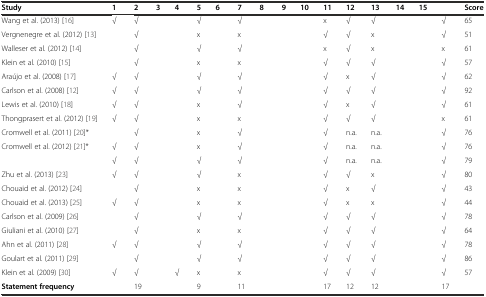
<table><thead><tr><td><b>Study</b></td><td><b>1</b></td><td><b>2</b></td><td><b>3</b></td><td><b>4</b></td><td><b>5</b></td><td><b>6</b></td><td><b>7</b></td><td><b>8</b></td><td><b>9</b></td><td><b>10</b></td><td><b>11</b></td><td><b>12</b></td><td><b>13</b></td><td><b>14</b></td><td><b>15</b></td><td>[EMPTY_CELL]</td><td><b>Score</b></td></tr></thead><tbody><tr><td>Wang et al. (2013) [16]</td><td>√</td><td>√</td><td>[EMPTY_CELL]</td><td>[EMPTY_CELL]</td><td>√</td><td>[EMPTY_CELL]</td><td>√</td><td>[EMPTY_CELL]</td><td>[EMPTY_CELL]</td><td>[EMPTY_CELL]</td><td>x</td><td>√</td><td>√</td><td>[EMPTY_CELL]</td><td>[EMPTY_CELL]</td><td>√</td><td>65</td></tr><tr><td>Vergnenegre et al. (2012) [13]</td><td>[EMPTY_CELL]</td><td>√</td><td>[EMPTY_CELL]</td><td>[EMPTY_CELL]</td><td>x</td><td>[EMPTY_CELL]</td><td>x</td><td>[EMPTY_CELL]</td><td>[EMPTY_CELL]</td><td>[EMPTY_CELL]</td><td>√</td><td>√</td><td>x</td><td>[EMPTY_CELL]</td><td>[EMPTY_CELL]</td><td>√</td><td>51</td></tr><tr><td>Walleser et al. (2012) [14]</td><td>[EMPTY_CELL]</td><td>√</td><td>[EMPTY_CELL]</td><td>[EMPTY_CELL]</td><td>√</td><td>[EMPTY_CELL]</td><td>√</td><td>[EMPTY_CELL]</td><td>[EMPTY_CELL]</td><td>[EMPTY_CELL]</td><td>x</td><td>√</td><td>x</td><td>[EMPTY_CELL]</td><td>[EMPTY_CELL]</td><td>x</td><td>61</td></tr><tr><td>Klein et al. (2010) [15]</td><td>[EMPTY_CELL]</td><td>√</td><td>[EMPTY_CELL]</td><td>[EMPTY_CELL]</td><td>x</td><td>[EMPTY_CELL]</td><td>x</td><td>[EMPTY_CELL]</td><td>[EMPTY_CELL]</td><td>[EMPTY_CELL]</td><td>√</td><td>√</td><td>√</td><td>[EMPTY_CELL]</td><td>[EMPTY_CELL]</td><td>√</td><td>57</td></tr><tr><td>Araújo et al. (2008) [17]</td><td>√</td><td>√</td><td>[EMPTY_CELL]</td><td>[EMPTY_CELL]</td><td>√</td><td>[EMPTY_CELL]</td><td>√</td><td>[EMPTY_CELL]</td><td>[EMPTY_CELL]</td><td>[EMPTY_CELL]</td><td>√</td><td>x</td><td>√</td><td>[EMPTY_CELL]</td><td>[EMPTY_CELL]</td><td>√</td><td>62</td></tr><tr><td>Carlson et al. (2008) [12]</td><td>√</td><td>√</td><td>[EMPTY_CELL]</td><td>[EMPTY_CELL]</td><td>√</td><td>[EMPTY_CELL]</td><td>√</td><td>[EMPTY_CELL]</td><td>[EMPTY_CELL]</td><td>[EMPTY_CELL]</td><td>√</td><td>√</td><td>√</td><td>[EMPTY_CELL]</td><td>[EMPTY_CELL]</td><td>√</td><td>92</td></tr><tr><td>Lewis et al. (2010) [18]</td><td>√</td><td>√</td><td>[EMPTY_CELL]</td><td>[EMPTY_CELL]</td><td>x</td><td>[EMPTY_CELL]</td><td>√</td><td>[EMPTY_CELL]</td><td>[EMPTY_CELL]</td><td>[EMPTY_CELL]</td><td>√</td><td>x</td><td>√</td><td>[EMPTY_CELL]</td><td>[EMPTY_CELL]</td><td>√</td><td>61</td></tr><tr><td>Thongprasert et al. (2012) [19]</td><td>√</td><td>√</td><td>[EMPTY_CELL]</td><td>[EMPTY_CELL]</td><td>x</td><td>[EMPTY_CELL]</td><td>x</td><td>[EMPTY_CELL]</td><td>[EMPTY_CELL]</td><td>[EMPTY_CELL]</td><td>√</td><td>√</td><td>√</td><td>[EMPTY_CELL]</td><td>[EMPTY_CELL]</td><td>x</td><td>61</td></tr><tr><td>Cromwell et al. (2011) [20]*</td><td>[EMPTY_CELL]</td><td>√</td><td>[EMPTY_CELL]</td><td>[EMPTY_CELL]</td><td>x</td><td>[EMPTY_CELL]</td><td>√</td><td>[EMPTY_CELL]</td><td>[EMPTY_CELL]</td><td>[EMPTY_CELL]</td><td>√</td><td>n.a.</td><td>n.a.</td><td>[EMPTY_CELL]</td><td>[EMPTY_CELL]</td><td>√</td><td>76</td></tr><tr><td>Cromwell et al. (2012) [21]*</td><td>√</td><td>√</td><td>[EMPTY_CELL]</td><td>[EMPTY_CELL]</td><td>x</td><td>[EMPTY_CELL]</td><td>√</td><td>[EMPTY_CELL]</td><td>[EMPTY_CELL]</td><td>[EMPTY_CELL]</td><td>√</td><td>n.a.</td><td>n.a.</td><td>[EMPTY_CELL]</td><td>[EMPTY_CELL]</td><td>√</td><td>76</td></tr><tr><td>[EMPTY_CELL]</td><td>√</td><td>√</td><td>[EMPTY_CELL]</td><td>[EMPTY_CELL]</td><td>√</td><td>[EMPTY_CELL]</td><td>√</td><td>[EMPTY_CELL]</td><td>[EMPTY_CELL]</td><td>[EMPTY_CELL]</td><td>√</td><td>n.a.</td><td>n.a.</td><td>[EMPTY_CELL]</td><td>[EMPTY_CELL]</td><td>√</td><td>79</td></tr><tr><td>Zhu et al. (2013) [23]</td><td>√</td><td>√</td><td>[EMPTY_CELL]</td><td>[EMPTY_CELL]</td><td>√</td><td>[EMPTY_CELL]</td><td>x</td><td>[EMPTY_CELL]</td><td>[EMPTY_CELL]</td><td>[EMPTY_CELL]</td><td>√</td><td>√</td><td>x</td><td>[EMPTY_CELL]</td><td>[EMPTY_CELL]</td><td>√</td><td>80</td></tr><tr><td>Chouaid et al. (2012) [24]</td><td>[EMPTY_CELL]</td><td>√</td><td>[EMPTY_CELL]</td><td>[EMPTY_CELL]</td><td>x</td><td>[EMPTY_CELL]</td><td>x</td><td>[EMPTY_CELL]</td><td>[EMPTY_CELL]</td><td>[EMPTY_CELL]</td><td>√</td><td>x</td><td>√</td><td>[EMPTY_CELL]</td><td>[EMPTY_CELL]</td><td>√</td><td>43</td></tr><tr><td>Chouaid et al. (2013) [25]</td><td>√</td><td>√</td><td>[EMPTY_CELL]</td><td>[EMPTY_CELL]</td><td>x</td><td>[EMPTY_CELL]</td><td>x</td><td>[EMPTY_CELL]</td><td>[EMPTY_CELL]</td><td>[EMPTY_CELL]</td><td>√</td><td>x</td><td>x</td><td>[EMPTY_CELL]</td><td>[EMPTY_CELL]</td><td>√</td><td>44</td></tr><tr><td>Carlson et al. (2009) [26]</td><td>[EMPTY_CELL]</td><td>√</td><td>[EMPTY_CELL]</td><td>[EMPTY_CELL]</td><td>√</td><td>[EMPTY_CELL]</td><td>√</td><td>[EMPTY_CELL]</td><td>[EMPTY_CELL]</td><td>[EMPTY_CELL]</td><td>√</td><td>√</td><td>√</td><td>[EMPTY_CELL]</td><td>[EMPTY_CELL]</td><td>√</td><td>78</td></tr><tr><td>Giuliani et al. (2010) [27]</td><td>[EMPTY_CELL]</td><td>√</td><td>[EMPTY_CELL]</td><td>[EMPTY_CELL]</td><td>x</td><td>[EMPTY_CELL]</td><td>x</td><td>[EMPTY_CELL]</td><td>[EMPTY_CELL]</td><td>[EMPTY_CELL]</td><td>√</td><td>√</td><td>√</td><td>[EMPTY_CELL]</td><td>[EMPTY_CELL]</td><td>√</td><td>64</td></tr><tr><td>Ahn et al. (2011) [28]</td><td>√</td><td>√</td><td>[EMPTY_CELL]</td><td>[EMPTY_CELL]</td><td>√</td><td>[EMPTY_CELL]</td><td>√</td><td>[EMPTY_CELL]</td><td>[EMPTY_CELL]</td><td>[EMPTY_CELL]</td><td>√</td><td>√</td><td>√</td><td>[EMPTY_CELL]</td><td>[EMPTY_CELL]</td><td>√</td><td>78</td></tr><tr><td>Goulart et al. (2011) [29]</td><td>[EMPTY_CELL]</td><td>√</td><td>[EMPTY_CELL]</td><td>[EMPTY_CELL]</td><td>√</td><td>[EMPTY_CELL]</td><td>√</td><td>[EMPTY_CELL]</td><td>[EMPTY_CELL]</td><td>[EMPTY_CELL]</td><td>√</td><td>√</td><td>√</td><td>[EMPTY_CELL]</td><td>[EMPTY_CELL]</td><td>√</td><td>86</td></tr><tr><td>Klein et al. (2009) [30]</td><td>√</td><td>√</td><td>[EMPTY_CELL]</td><td>√</td><td>x</td><td>[EMPTY_CELL]</td><td>x</td><td>[EMPTY_CELL]</td><td>[EMPTY_CELL]</td><td>[EMPTY_CELL]</td><td>√</td><td>√</td><td>√</td><td>[EMPTY_CELL]</td><td>[EMPTY_CELL]</td><td>√</td><td>57</td></tr><tr><td><b>Statement frequency</b></td><td>[EMPTY_CELL]</td><td>19</td><td>[EMPTY_CELL]</td><td>[EMPTY_CELL]</td><td>9</td><td>[EMPTY_CELL]</td><td>11</td><td>[EMPTY_CELL]</td><td>[EMPTY_CELL]</td><td>[EMPTY_CELL]</td><td>17</td><td>12</td><td>12</td><td>[EMPTY_CELL]</td><td>[EMPTY_CELL]</td><td>17</td><td>[EMPTY_CELL]</td></tr></tbody></table>